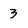
Character: 3